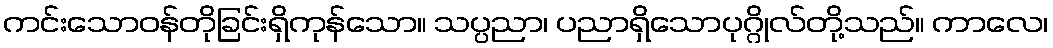
ကင်းသောဝန်တိုခြင်းရှိကုန်သော။ သပ္ပညာ၊ ပညာရှိသောပုဂ္ဂိုလ်တို့သည်။ ကာလေ၊